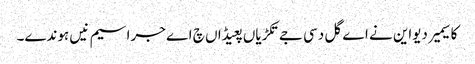
کاسیمیر دیواین نے اے گل دسی جے تکڑیاں پعیڈاں چ اے جراسیم نیں ہوندے۔